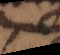
e